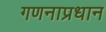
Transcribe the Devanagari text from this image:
गणनाप्रधान